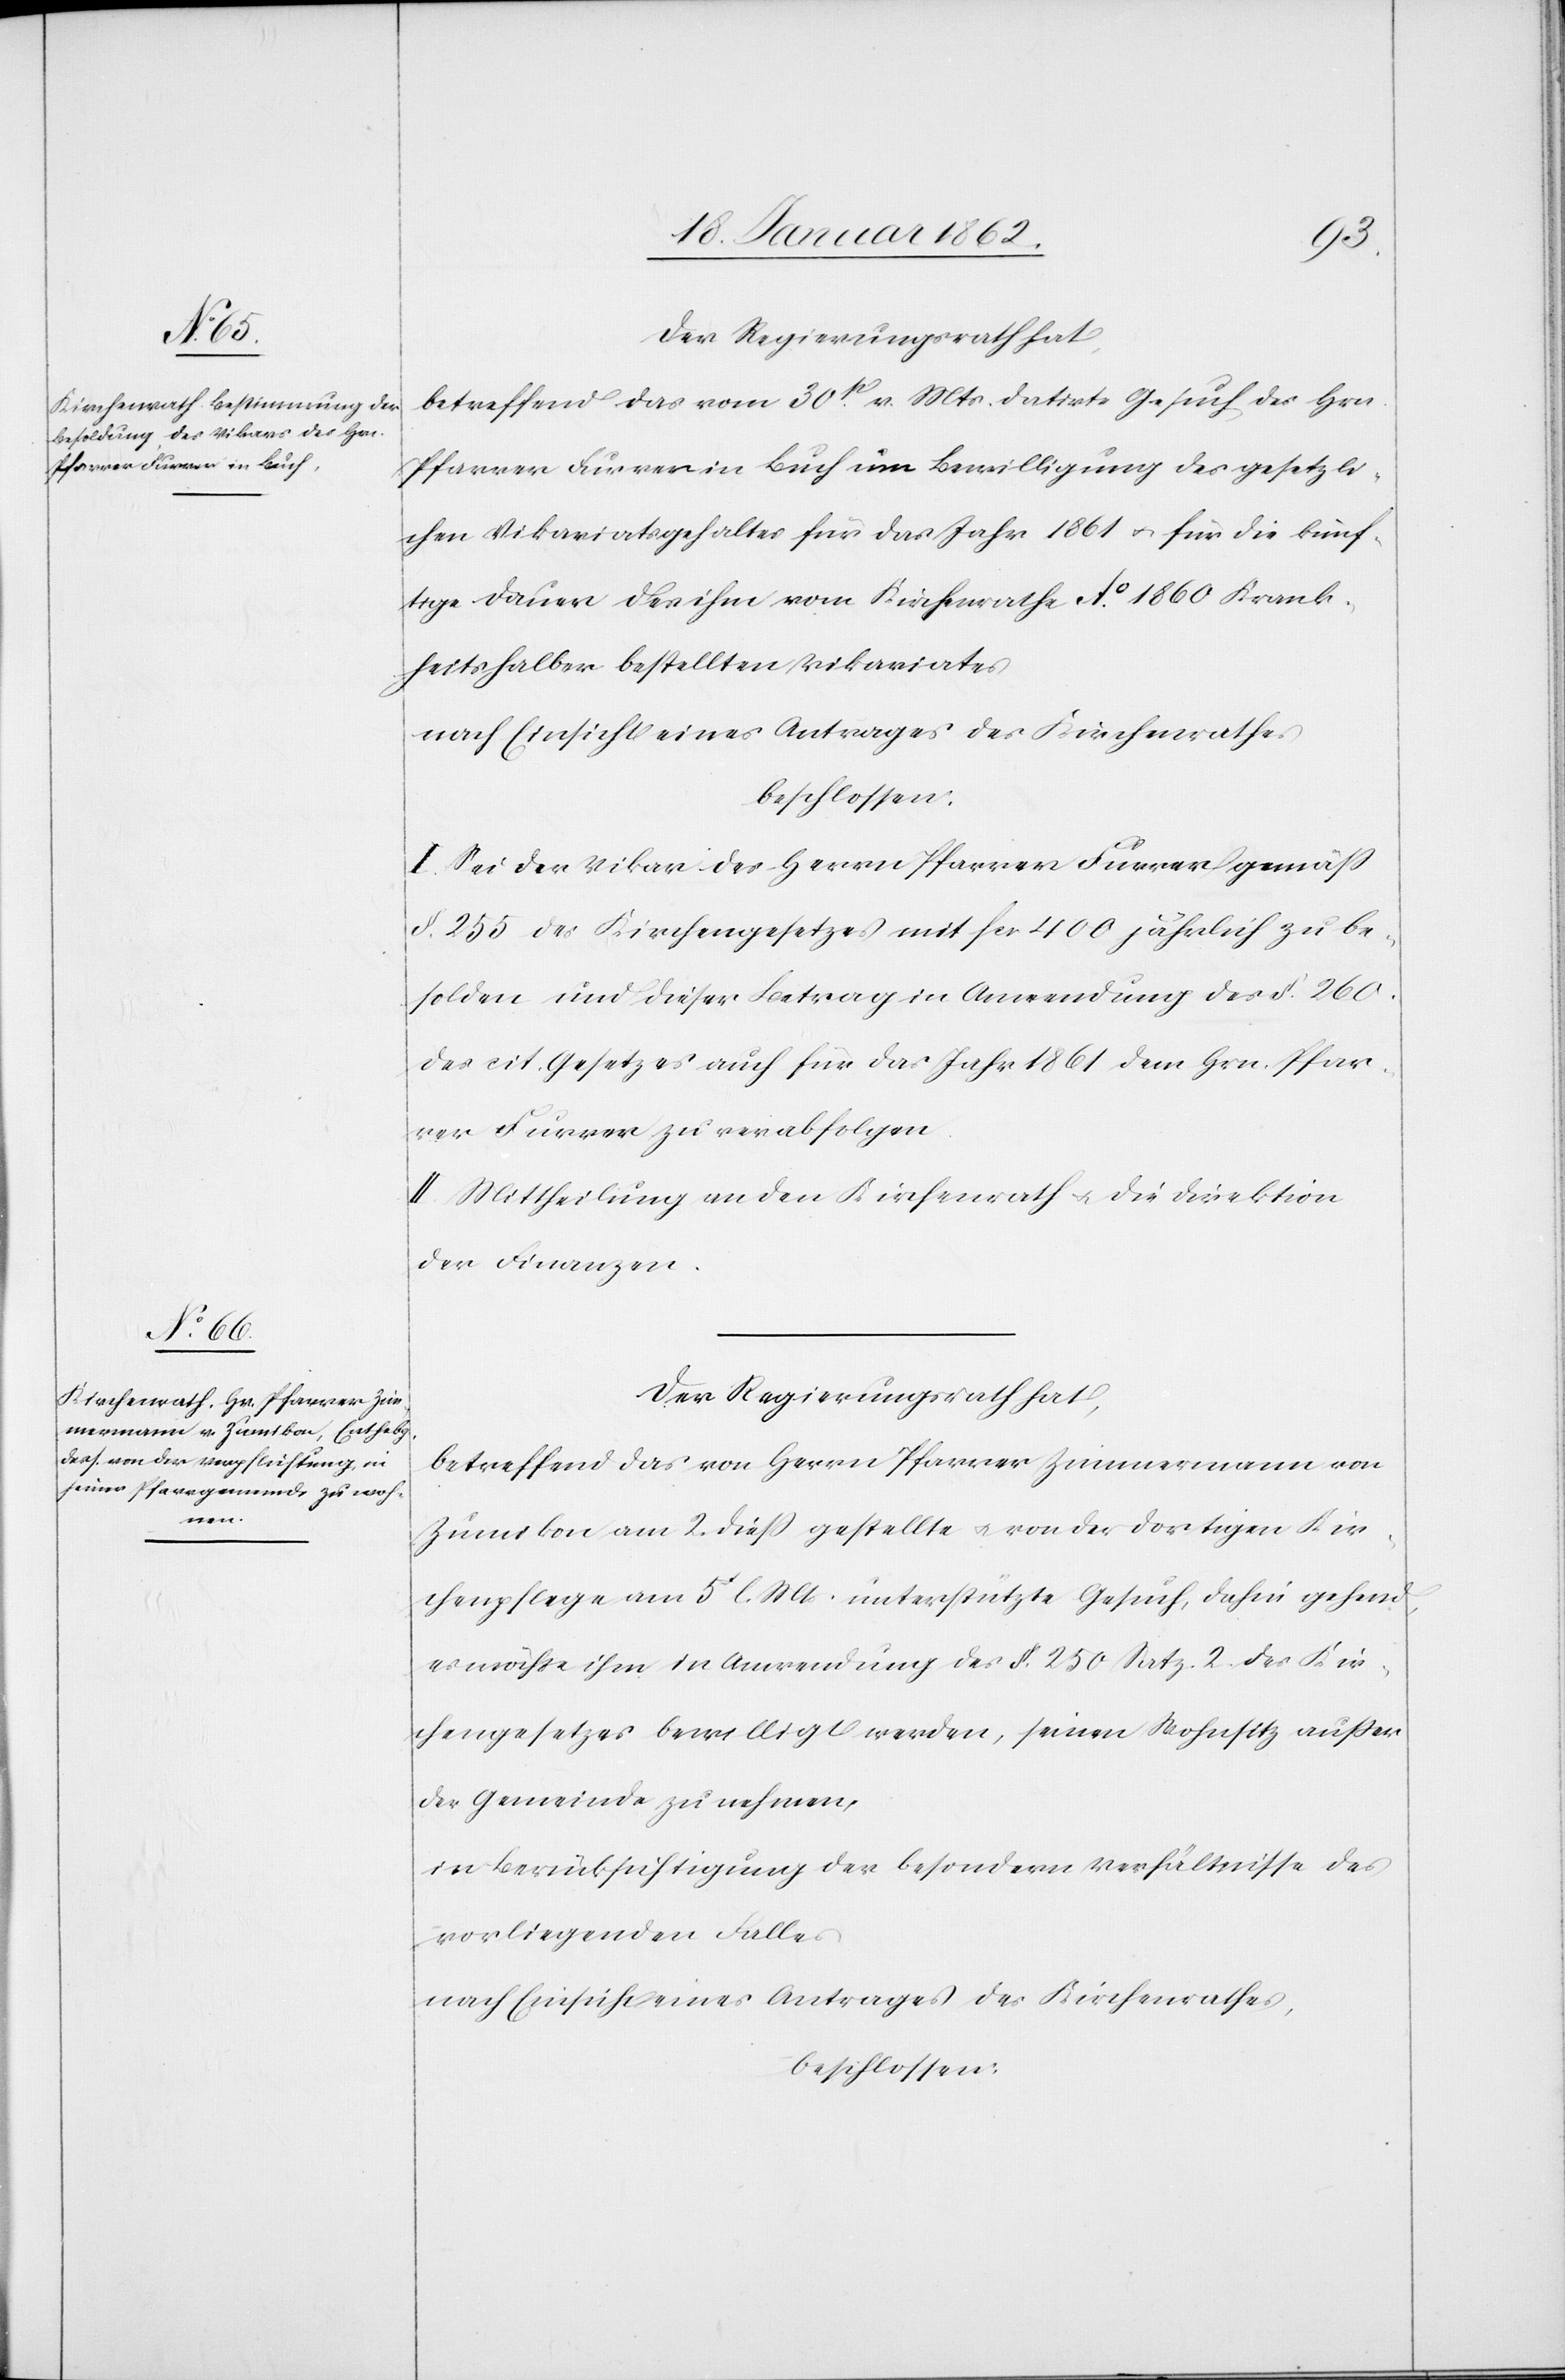
Der Regierungsrath hat,
betreffend das vom 30t. v. Mts. datirte Gesuch des Hrn.
Pfarrer Furrer in Buch um Bewilligung des gesetzli¬
chen Vikariatsgehaltes für das Jahr 1861 u. für die künf¬
tige Dauer des ihm vom Kirchenrathe Ao. 1860 Krank¬
heitshalber bestellten Vikariates
nach Einsicht eines Antrages des Kirchenrathes
beschlossen:
I. Sei der Vikar des Herrn Pfarrer Furrer gemäß
§. 255 des Kirchengesetzes mit fcs 400 jährlich zu be¬
solden und dieser Betrag in Anwendung des §. 260.
des cit. Gesetzes auch für das Jahr 1861 dem Hrn. Pfar¬
rer Furrer zu verabfolgen.
II. Mittheilung an den Kirchenrath u. die Direktion
der Finanzen.
Der Regierungsrath hat,
betreffend das von Herrn Pfarrer Zimmermann von
Zumikon am 2. dieß gestellte u. von der dortigen Kir¬
chenpflege am 5t l. Mts. unterstützte Gesuch, dahin gehend,
es möchte ihm in Anwendung des §. 250. Satz 2. des Kir¬
chengesetzes bewilligt werden, seinen Wohnsitz außer
der Gemeinde zu nehmen,
in Berücksichtigung der besondern Verhältnisse des
vorliegenden Falles
nach Einsicht eines Antrages des Kirchenrathes,
beschlossen: